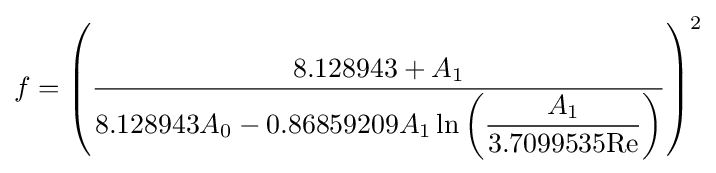
f=\left({\frac {8.128943+A_{1}}{8.128943A_{0}-0.86859209A_{1}\ln \left({\dfrac {A_{1}}{3.7099535\mathrm {Re} }}\right)}}\right)^{2}